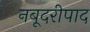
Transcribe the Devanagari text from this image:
नबूदरीपाद